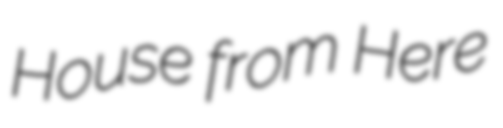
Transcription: House from Here